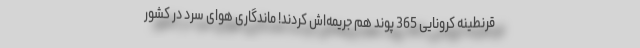
قرنطینه کرونایی 365 پوند هم جریمه‌اش کردند! ماندگاری هوای سرد در کشور